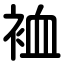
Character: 裇